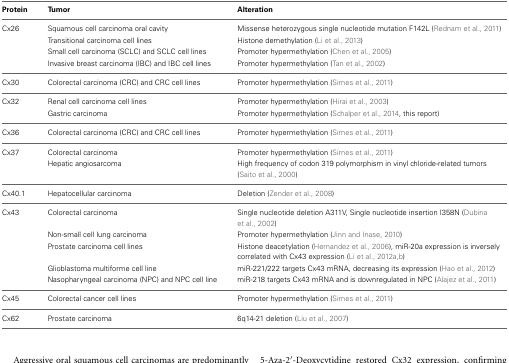
<table><thead><tr><td><b>Protein</b></td><td><b>Tumor</b></td><td><b>Alteration</b></td></tr></thead><tbody><tr><td>Cx26</td><td>Squamous cell carcinoma oral cavity</td><td>Missense heterozygous single nucleotide mutation F142L (Rednam et al., 2011)</td></tr><tr><td></td><td>Transitional carcinoma cell lines</td><td>Histone demethylation (Li et al., 2013)</td></tr><tr><td></td><td>Small cell carcinoma (SCLC) and SCLC cell lines</td><td>Promoter hypermethylation (Chen et al., 2005)</td></tr><tr><td></td><td>Invasive breast carcinoma (IBC) and IBC cell lines</td><td>Promoter hypermethylation (Tan et al., 2002)</td></tr><tr><td>Cx30</td><td>Colorectal carcinoma (CRC) and CRC cell lines</td><td>Promoter hypermethylation (Sirnes et al., 2011)</td></tr><tr><td>Cx32</td><td>Renal cell carcinoma cell lines</td><td>Promoter hypermethylation (Hirai et al., 2003)</td></tr><tr><td></td><td>Gastric carcinoma</td><td>Promoter hypermethylation (Schalper et al., 2014, this report)</td></tr><tr><td>Cx36</td><td>Colorectal carcinoma (CRC) and CRC cell lines</td><td>Promoter hypermethylation (Sirnes et al., 2011)</td></tr><tr><td>Cx37</td><td>Colorectal carcinoma</td><td>Promoter hypermethylation (Sirnes et al., 2011)</td></tr><tr><td></td><td>Hepatic angiosarcoma</td><td>High frequency of codon 319 polymorphism in vinyl chloride-related tumors (Saito et al., 2000)</td></tr><tr><td>Cx40.1</td><td>Hepatocellular carcinoma</td><td>Deletion (Zender et al., 2008)</td></tr><tr><td>Cx43</td><td>Colorectal carcinoma</td><td>Single nucleotide deletion A311V, Single nucleotide insertion I358N (Dubina et al., 2002)</td></tr><tr><td></td><td>Non-small cell lung carcinoma</td><td>Promoter hypermethylation (Jinn and Inase, 2010)</td></tr><tr><td></td><td>Prostate carcinoma cell lines</td><td>Histone deacetylation (Hernandez et al., 2006), miR-20a expression is inversely correlated with Cx43 expression (Li et al., 2012a,b)</td></tr><tr><td></td><td>Glioblastoma multiforme cell line</td><td>miR-221/222 targets Cx43 mRNA, decreasing its expression (Hao et al., 2012)</td></tr><tr><td></td><td>Nasopharyngeal carcinoma (NPC) and NPC cell line</td><td>miR-218 targets Cx43 mRNA and is downregulated in NPC (Alajez et al., 2011)</td></tr><tr><td>Cx45</td><td>Colorectal cancer cell lines</td><td>Promoter hypermethylation (Sirnes et al., 2011)</td></tr><tr><td>Cx62</td><td>Prostate carcinoma</td><td>6q14-21 deletion (Liu et al., 2007)</td></tr></tbody></table>